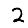
Digit: 2